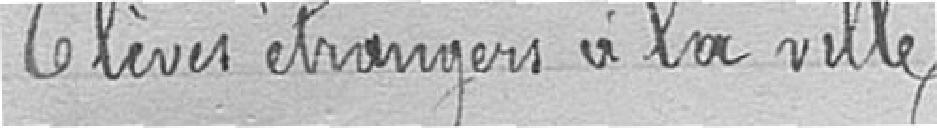
Élèves étrangers à la ville